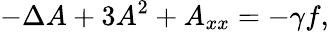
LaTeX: -\Delta A+3A^{2}+A_{xx}=-\gamma f,